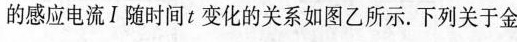
的感应电流Ⅰ随时间t变化的关系如图乙所示。下列关于金